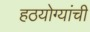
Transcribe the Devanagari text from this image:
हठयोग्यांची